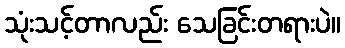
သုံးသင့်တာလည်း သေခြင်းတရားပဲ။